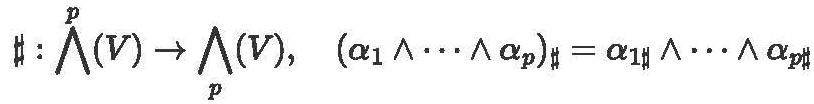
$\sharp : \bigwedge^p (V) \to \bigwedge_p (V), \quad (\alpha_1 \wedge \cdots \wedge \alpha_p)_{\sharp} = \alpha_{1\sharp} \wedge \cdots \wedge \alpha_{p\sharp}$